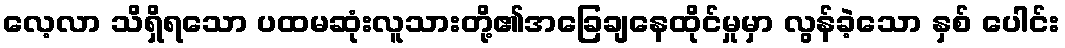
လေ့လာ သိရှိရသော ပထမဆုံးလူသားတို့၏အခြေချနေထိုင်မှုမှာ လွန်ခဲ့သော နှစ် ပေါင်း